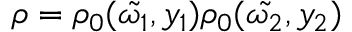
\rho = \rho _ { 0 } ( \tilde { \omega _ { 1 } } , y _ { 1 } ) \rho _ { 0 } ( \tilde { \omega _ { 2 } } , y _ { 2 } )